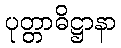
ပုတ္တာဓိဋ္ဌာနာ